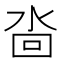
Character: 𱦋